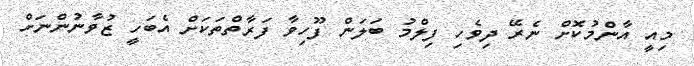
މިއީ އާންމުކޮށް ނެރޭ ދިވެހި ފިލްމު ބަލަން ފޫހިވާ ފަރާތްތަކަށް އެބަހީ ޒުވާނުންނަށް